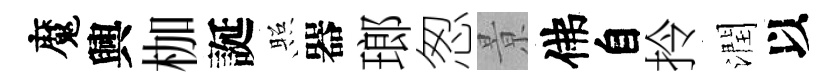
魔興枷誕照器瑯怱㬌佛自拎潤以